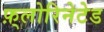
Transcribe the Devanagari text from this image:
फ़्लोरिनेटेड